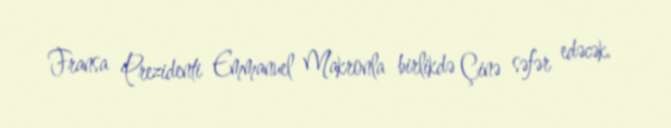
Fransa Prezidenti Emmanuel Makronla birlikdə Çinə səfər edəcək.